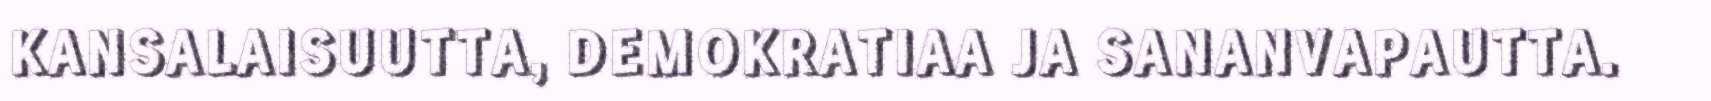
KANSALAISUUTTA, DEMOKRATIAA JA SANANVAPAUTTA.